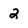
Character: 2